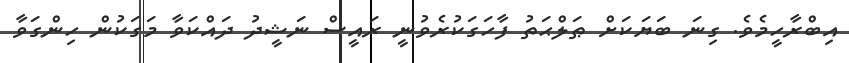
އިބްރާހީމެވެ. ގިނަ ބަޔަކަށް ޠަލްޙަތު ފާހަގަކުރެވުނީ ރައީސް ނަޝީދު ދައްކަވާ މަގަކުން ހިންގަވާ